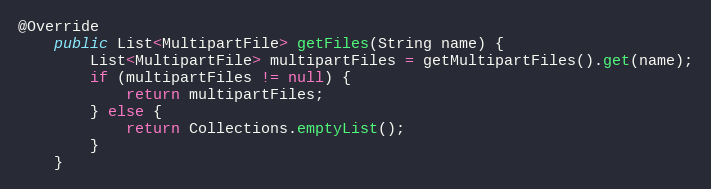
Language: Java
@Override
    public List<MultipartFile> getFiles(String name) {
        List<MultipartFile> multipartFiles = getMultipartFiles().get(name);
        if (multipartFiles != null) {
            return multipartFiles;
        } else {
            return Collections.emptyList();
        }
    }